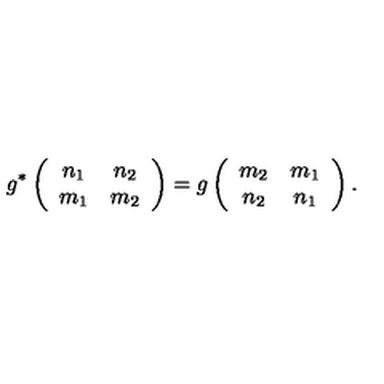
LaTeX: g ^ { * } \left( \begin{array} { c c } { n _ { 1 } } & { n _ { 2 } } \\ { m _ { 1 } } & { m _ { 2 } } \\ \end{array} \right) = g \left( \begin{array} { c c } { m _ { 2 } } & { m _ { 1 } } \\ { n _ { 2 } } & { n _ { 1 } } \\ \end{array} \right) .